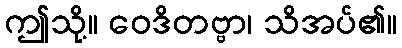
ဤသို့။ ဝေဒိတဗ္ဗာ၊ သိအပ်၏။